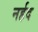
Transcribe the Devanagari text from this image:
नर्हद